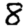
Digit: 8